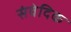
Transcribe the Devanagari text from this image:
संवेदिक